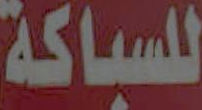
للسباكة